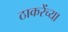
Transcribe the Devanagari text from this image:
ठाकरेंच्या